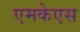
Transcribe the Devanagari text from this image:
एमकेएस